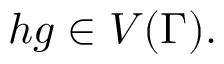
h g \in V ( \Gamma ) .